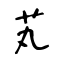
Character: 芄